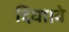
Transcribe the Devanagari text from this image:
दिया।वे